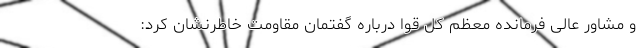
و مشاور عالی فرمانده معظم کل قوا درباره گفتمان مقاومت خاطرنشان کرد: